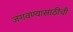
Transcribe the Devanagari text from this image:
जगवण्यासाठीची